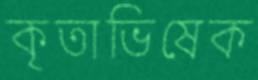
কৃতাভিষেক